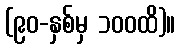
(၉၀-နှစ်မှ ၁၀၀ထိ)။